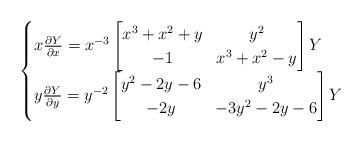
\begin{align*}\begin{cases}x \frac{\partial Y}{\partial x} = x^{-3} \begin{bmatrix} x^3+ x^2+y & y^2 \\ -1 & x^3 + x^2 -y \end{bmatrix} Y \\y \frac{\partial Y}{\partial y} = y^{-2} \begin{bmatrix} y^2 -2 y -6 & y^3 \\ -2 y & -3 y^2 -2 y -6 \end{bmatrix}Y \end{cases} \end{align*}